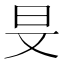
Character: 𣅐